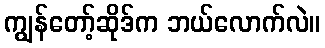
ကျွန်တော့်ဆိုဒ်က ဘယ်လောက်လဲ။